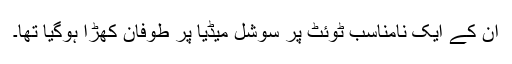
ان کے ایک نامناسب ٹوئٹ پر سوشل میڈیا پر طوفان کھڑا ہوگیا تھا۔